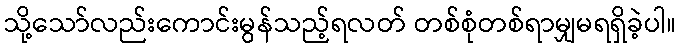
သို့သော်လည်းကောင်းမွန်သည့်ရလတ် တစ်စုံတစ်ရာမျှမရရှိခဲ့ပါ။